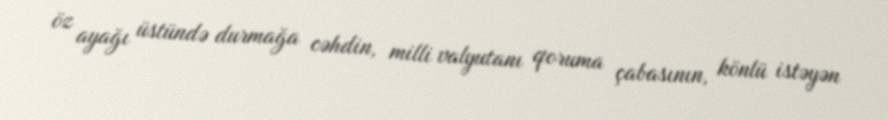
öz ayağı üstündə durmağa cəhdin, milli valyutanı qoruma çabasının, könlü istəyən